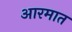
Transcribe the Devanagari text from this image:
आरमात